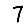
Digit: 7